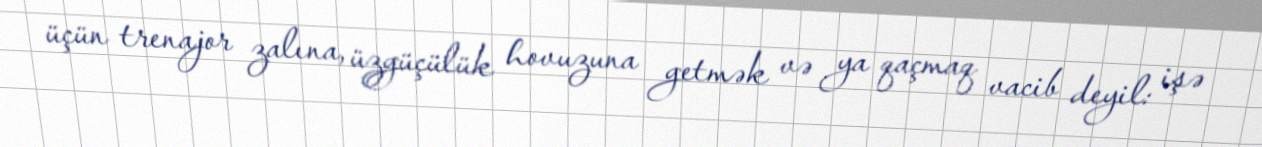
üçün trenajor zalına, üzgüçülük hovuzuna getmək və ya qaçmaq vacib deyil: işə